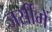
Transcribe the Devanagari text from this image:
जर्सीमें